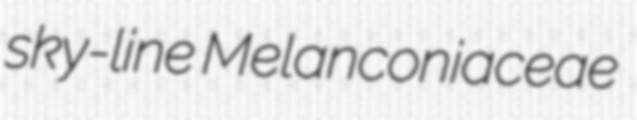
sky-line Melanconiaceae